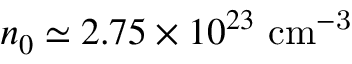
n _ { 0 } \simeq 2 . 7 5 \times 1 0 ^ { 2 3 } ~ \mathrm { c m ^ { - 3 } }